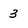
Character: 3